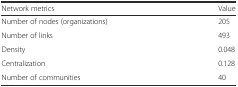
<table><thead><tr><td><b>Network metrics</b></td><td><b>Value</b></td></tr></thead><tbody><tr><td>Number of nodes (organizations)</td><td>205</td></tr><tr><td>Number of links</td><td>493</td></tr><tr><td>Density</td><td>0.048</td></tr><tr><td>Centralization</td><td>0.128</td></tr><tr><td>Number of communities</td><td>40</td></tr></tbody></table>